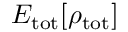
E _ { \mathrm { t o t } } [ \rho _ { \mathrm { t o t } } ]